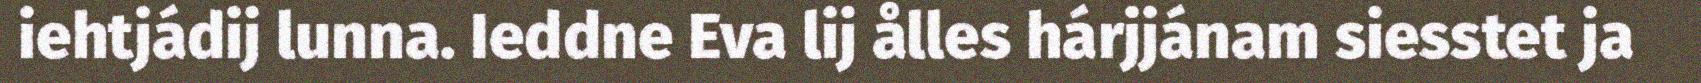
iehtjádij lunna. Ieddne Eva lij ålles hárjjánam siesstet ja